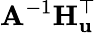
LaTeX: \mathbf{A}^{-1}\mathbf{H}_{\mathbf{u}}^{\top}